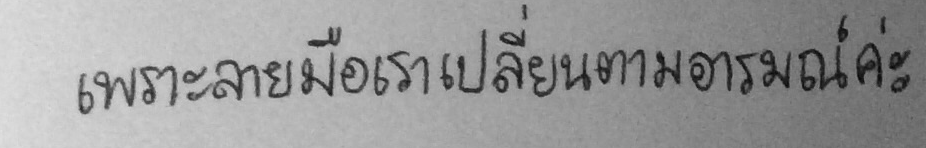
เพราะลายมือเราเปลี่ยนตามอารมณ์ค่ะ